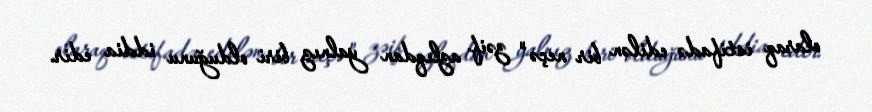
olaraq istifadə edilən bir neçə" zəif azlıqdan yalnız biri olduğunu iddia edir.